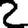
Digit: 2